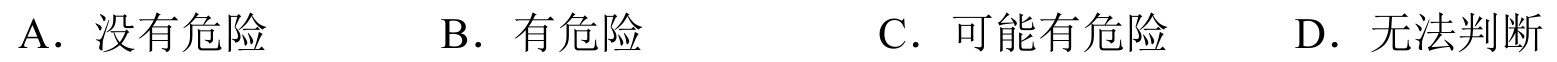
A．没有危险  \(\quad\)B．有危险  \(\quad\)C．可能有危险  \(\quad\)D．无法判断